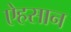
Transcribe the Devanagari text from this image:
ऐहसान